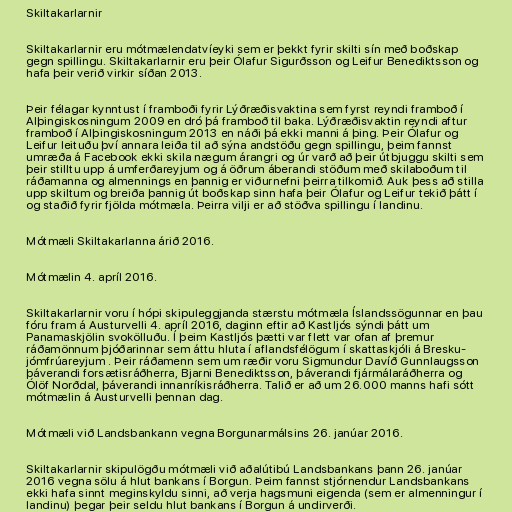
Skiltakarlarnir

Skiltakarlarnir eru mótmælendatvíeyki sem er þekkt fyrir skilti sín með boðskap
gegn spillingu. Skiltakarlarnir eru þeir Ólafur Sigurðsson og Leifur Benediktsson og
hafa þeir verið virkir síðan 2013.

Þeir félagar kynntust í framboði fyrir Lýðræðisvaktina sem fyrst reyndi framboð í
Alþingiskosningum 2009 en dró þá framboð til baka. Lýðræðisvaktin reyndi aftur
framboð í Alþingiskosningum 2013 en náði þá ekki manni á þing. Þeir Ólafur og
Leifur leituðu því annara leiða til að sýna andstöðu gegn spillingu, þeim fannst
umræða á Facebook ekki skila nægum árangri og úr varð að þeir útbjuggu skilti sem
þeir stilltu upp á umferðareyjum og á öðrum áberandi stöðum með skilaboðum til
ráðamanna og almennings en þannig er viðurnefni þeirra tilkomið. Auk þess að stilla
upp skiltum og breiða þannig út boðskap sinn hafa þeir Ólafur og Leifur tekið þátt í
og staðið fyrir fjölda mótmæla. Þeirra vilji er að stöðva spillingu í landinu.

Mótmæli Skiltakarlanna árið 2016.

Mótmælin 4. apríl 2016.

Skiltakarlarnir voru í hópi skipuleggjanda stærstu mótmæla Íslandssögunnar en þau
fóru fram á Austurvelli 4. apríl 2016, daginn eftir að Kastljós sýndi þátt um
Panamaskjölin svokölluðu. Í þeim Kastljós þætti var flett var ofan af þremur
ráðamönnum þjóðarinnar sem áttu hluta í aflandsfélögum í skattaskjóli á Bresku-
jómfrúareyjum . Þeir ráðamenn sem um ræðir voru Sigmundur Davíð Gunnlaugsson
þáverandi forsætisráðherra, Bjarni Benediktsson, þáverandi fjármálaráðherra og
Ólöf Norðdal, þáverandi innanríkisráðherra. Talið er að um 26.000 manns hafi sótt
mótmælin á Austurvelli þennan dag.

Mótmæli við Landsbankann vegna Borgunarmálsins 26. janúar 2016.

Skiltakarlarnir skipulögðu mótmæli við aðalútibú Landsbankans þann 26. janúar
2016 vegna sölu á hlut bankans í Borgun. Þeim fannst stjórnendur Landsbankans
ekki hafa sinnt meginskyldu sinni, að verja hagsmuni eigenda (sem er almenningur í
landinu) þegar þeir seldu hlut bankans í Borgun á undirverði.